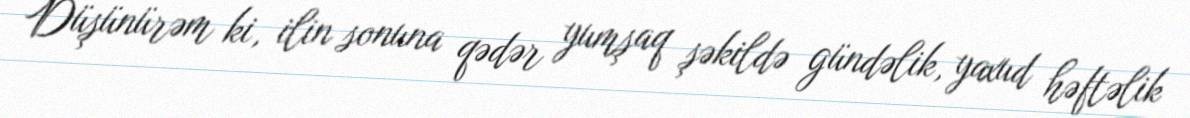
Düşünürəm ki, ilin sonuna qədər yumşaq şəkildə gündəlik, yaxud həftəlik